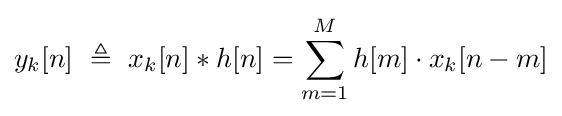
y_{k}[n]\ \triangleq \ x_{k}[n]*h[n]=\sum _{m=1}^{M}h[m]\cdot x_{k}[n-m]